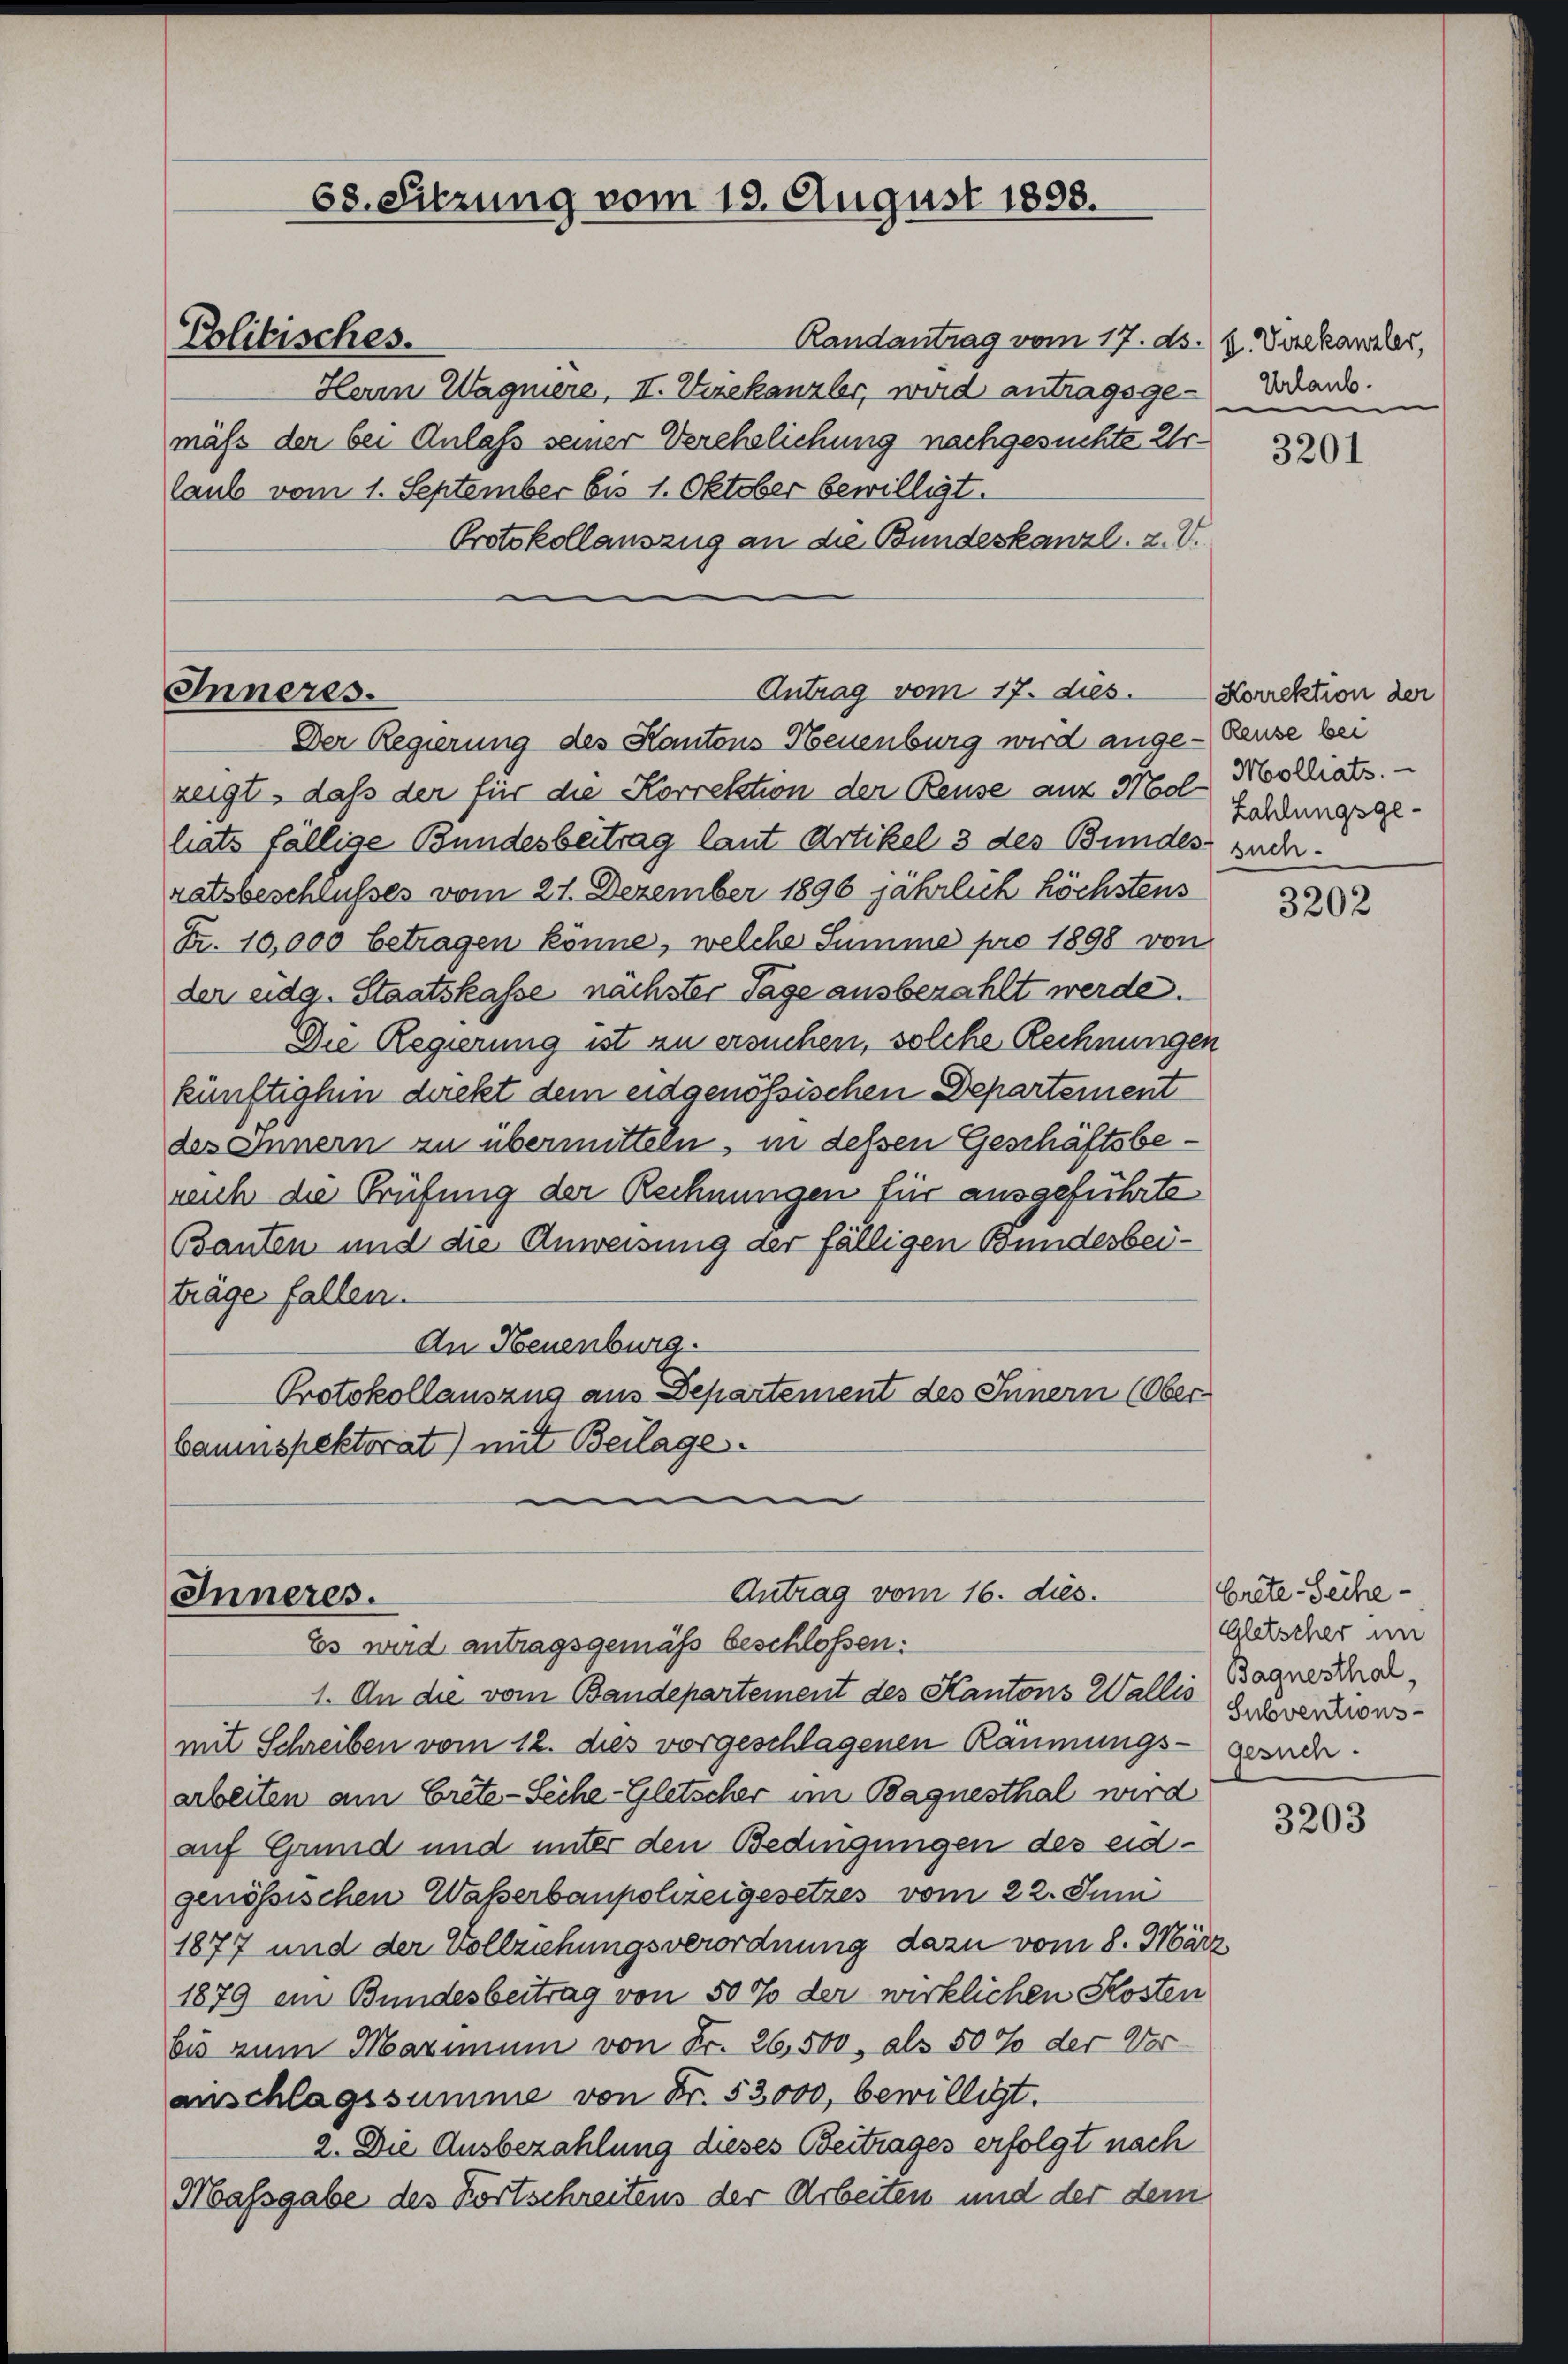
Randantrag vom 17. ds. 2. Verkanzler,
Herrn Wagniere, II. Wiekanzler, wird antragsgemäß der bei Anlaß seiner Verehelichung nachgesuchte Urlaub vom 1. September bis 1. Oktober bewilligt.
Protokollauszug an die Bundeskanzl. z. V.

Politisches.

Inneres.

Der Regierung des Kantons Neuenburg wird ange- Reuse bei
zeigt, daß der für die Korrektion der Reuse aus Mol-Hollats.
lats fällige Bundesbeitrag laut Artikel 3 des Bundes suchratsbeschlusses vom 21. Dezember 1896 jährlich höchstens
Fr. 10,000 betragen könne, welche Summe pro 1898 von
der eidg. Staatskasse nächster Tage ausbezahlt werde.
Die Regierung ist zu ersuchen, solche Rechnungen
künftighin deckt dem eidgenössischen Departement
des Innern zu übermitteln, in dessen Geschäftsbereich die Prüfung der Rechnungen für ausgeführte
Bauten und die Anweisung der fälligen Bundesbeiträge fallen
An Neuenburg.
Protokollauszug aus Departement des Innern (Ober-
baumspektorat) mit Beilage
.

68. Sitzung vom 13. August 1808.

Antrag vom 17. dies.

Antrag vom 16. dies
Inneres.
Es wird antragsgemäß beschlossen:

1. An die vom Bandepartement des Kantons Wallis, Bagnerschah.
mit Schreiben vom 12. dies vorgeschlagenen Räumungs-gesner-
arbeiten am Bretz-Seihe-Gletscher im Bagnesthal wird
auf Grund und unter den Bedingungen des eidgenössischen Waßerbaupohzeigesetzes vom 22. Juni
1877 und der Vollziehungsverordnung dazu vom 8. März
1879 ein Bundesbeitrag von 50 % der wirklichen Kosten
bis zum Maximum von Fr. 26,500, als 50 % der Voranschlagssumme von Fr. 53000, bewilligt.
2. Die Ausbezahlung dieses Beitrages erfolgt nach
Massgabe des Fortschreitens der Arbeiten und der dem

Urlaub.

3201

Korrektion der
Zahlungsge¬

3202

brite-Seihe
Gletscher im
Subventions¬

3203